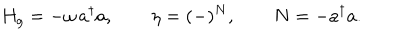
LaTeX: H _ { g } = - \omega \, a ^ { \dagger } a , \qquad \eta = ( - ) ^ { N } , \qquad N = - a ^ { \dagger } a .